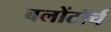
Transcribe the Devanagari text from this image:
बलोंटॉर्च